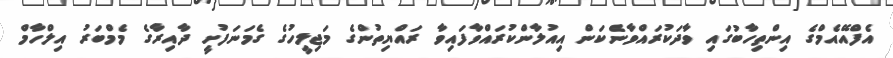
އެފްއޭއެމްގެ އިންތިހާބުގައި ވާދަކުރައްވާނެކަން އިއުލާންކުރައްވާފައިވާ ރައްޔިތުންގެ މަޖިލީހުގެ ގެމަނަފުށީ ދާއިރާގެ މެމްބަރު އިލްހާމް